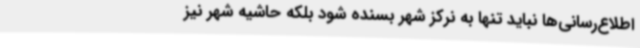
اطلاع‌رسانی‌ها نباید تنها به نرکز شهر بسنده شود بلکه حاشیه شهر نیز